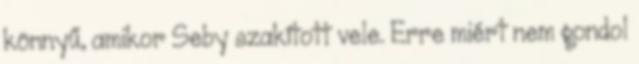
könnyű, amikor Seby szakított vele. Erre miért nem gondol